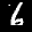
Label: 6